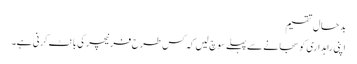
بدحال تقسیم
اپنی راہداری کو سجانے سے پہلے سوچ لیں کہ کس طرح فرنیچر کی بانٹ کرنی ہے۔